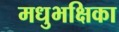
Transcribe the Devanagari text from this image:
मधुभक्षिका